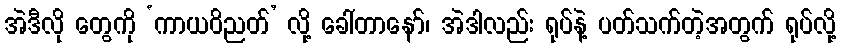
အဲဒီလို တွေကို ‘ကာယဝိညတ်’ လို့ ခေါ်တာနော်၊ အဲဒါလည်း ရုပ်နဲ့ ပတ်သက်တဲ့အတွက် ရုပ်လို့